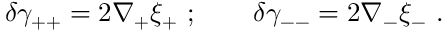
\delta \gamma _ { + + } = 2 \nabla _ { + } \xi _ { + } ~ ; \qquad \delta \gamma _ { -- } = 2 \nabla _ { - } \xi _ { - } ~ .